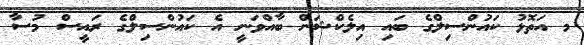
މ އަތޮޅު ކައުންސިލްގެ ބައި އިލެކްޝަން ބާއްވަނީ އެ ކައުންސިލްގެ ރައީސް މުސާ